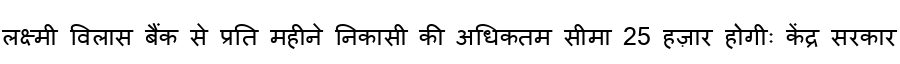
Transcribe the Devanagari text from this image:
लक्ष्मी विलास बैंक से प्रति महीने निकासी की अधिकतम सीमा 25 हज़ार होगीः केंद्र सरकार